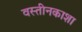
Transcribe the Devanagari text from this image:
वस्तीनकाशा